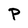
Character: P